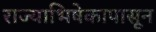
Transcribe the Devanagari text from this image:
राज्याभिषेकापासून